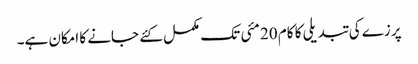
پرزے کی تبدیلی کا کام 20 مئی تک مکمل کئے جانے کا امکان ہے۔